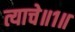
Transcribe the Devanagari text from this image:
त्याचे॥१॥